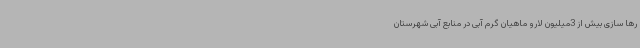
رها سازی بیش از 3میلیون لارو ماهیان گرم آبی در منابع آبی شهرستان